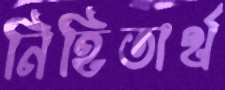
নিহিতার্থ